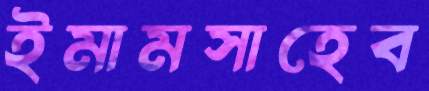
ইমামসাহেব